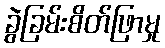
ခွဲခြမ်းစိတ်ဖြာမှု